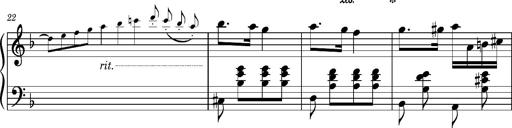
Title: Ungarischer Romanzero
Composer: Franz Liszt